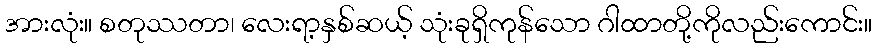
အားလုံး။ စတုဿတာ၊ လေးရာ့နှစ်ဆယ့် သုံးခုရှိကုန်သော ဂါထာတို့ကိုလည်းကောင်း။